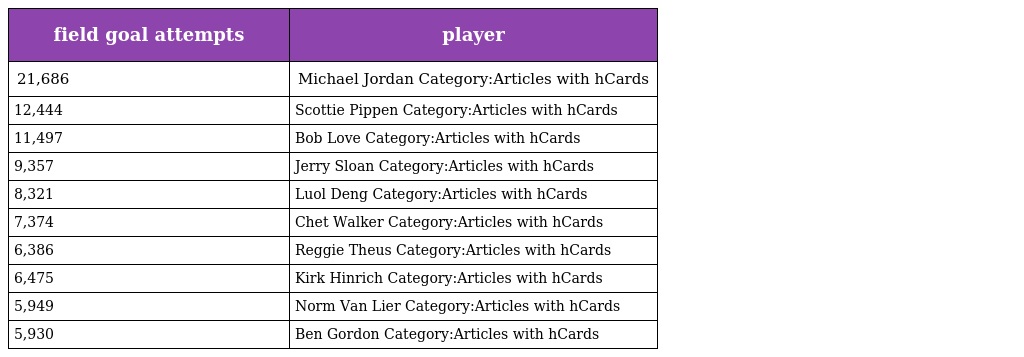
| field goal attempts | player |
 | --- | --- |
 | 21,686 | Michael Jordan Category:Articles with hCards |
 | 12,444 | Scottie Pippen Category:Articles with hCards |
 | 11,497 | Bob Love Category:Articles with hCards |
 | 9,357 | Jerry Sloan Category:Articles with hCards |
 | 8,321 | Luol Deng Category:Articles with hCards |
 | 7,374 | Chet Walker Category:Articles with hCards |
 | 6,386 | Reggie Theus Category:Articles with hCards |
 | 6,475 | Kirk Hinrich Category:Articles with hCards |
 | 5,949 | Norm Van Lier Category:Articles with hCards |
 | 5,930 | Ben Gordon Category:Articles with hCards |